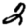
Digit: 2